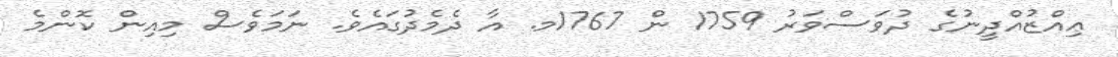
ޢިއްޒުއްދީނުގެ ދުވަސްވަރު 1759 ން 1767މ. އާ ދެމެދުގައެވެ. ނަމަވެސް މިއިން ކޮންމެ